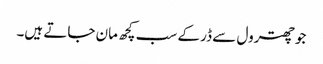
جو چھترول سے ڈر کے سب کچھ مان جاتے ہیں۔